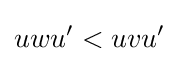
uwu'<uvu'